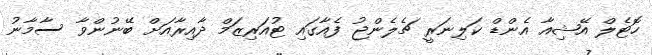
ހޮޓެލް އޭޝިއާ އެންޑް ކަލިނަރީ ޗެލެންޖު ފެއާގައި ޓުއަރިޒަމް ދާއިރާއަށް ބޭނުންވާ ސާމާނު